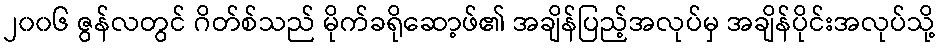
၂၀၀၆ ဇွန်လတွင် ဂိတ်စ်သည် မိုက်ခရိုဆော့ဖ်၏ အချိန်ပြည့်အလုပ်မှ အချိန်ပိုင်းအလုပ်သို့